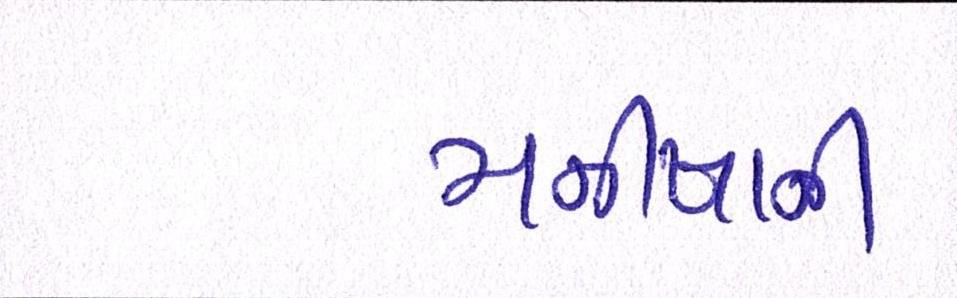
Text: મનીષાની